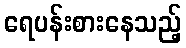
ရေပန်းစားနေသည့်